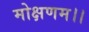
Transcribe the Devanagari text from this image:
मोक्षणम।।